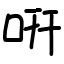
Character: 咞